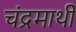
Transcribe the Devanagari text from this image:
चंद्रमाथी